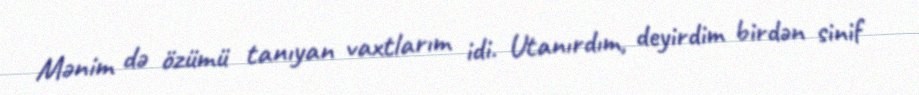
Mənim də özümü tanıyan vaxtlarım idi. Utanırdım, deyirdim birdən sinif